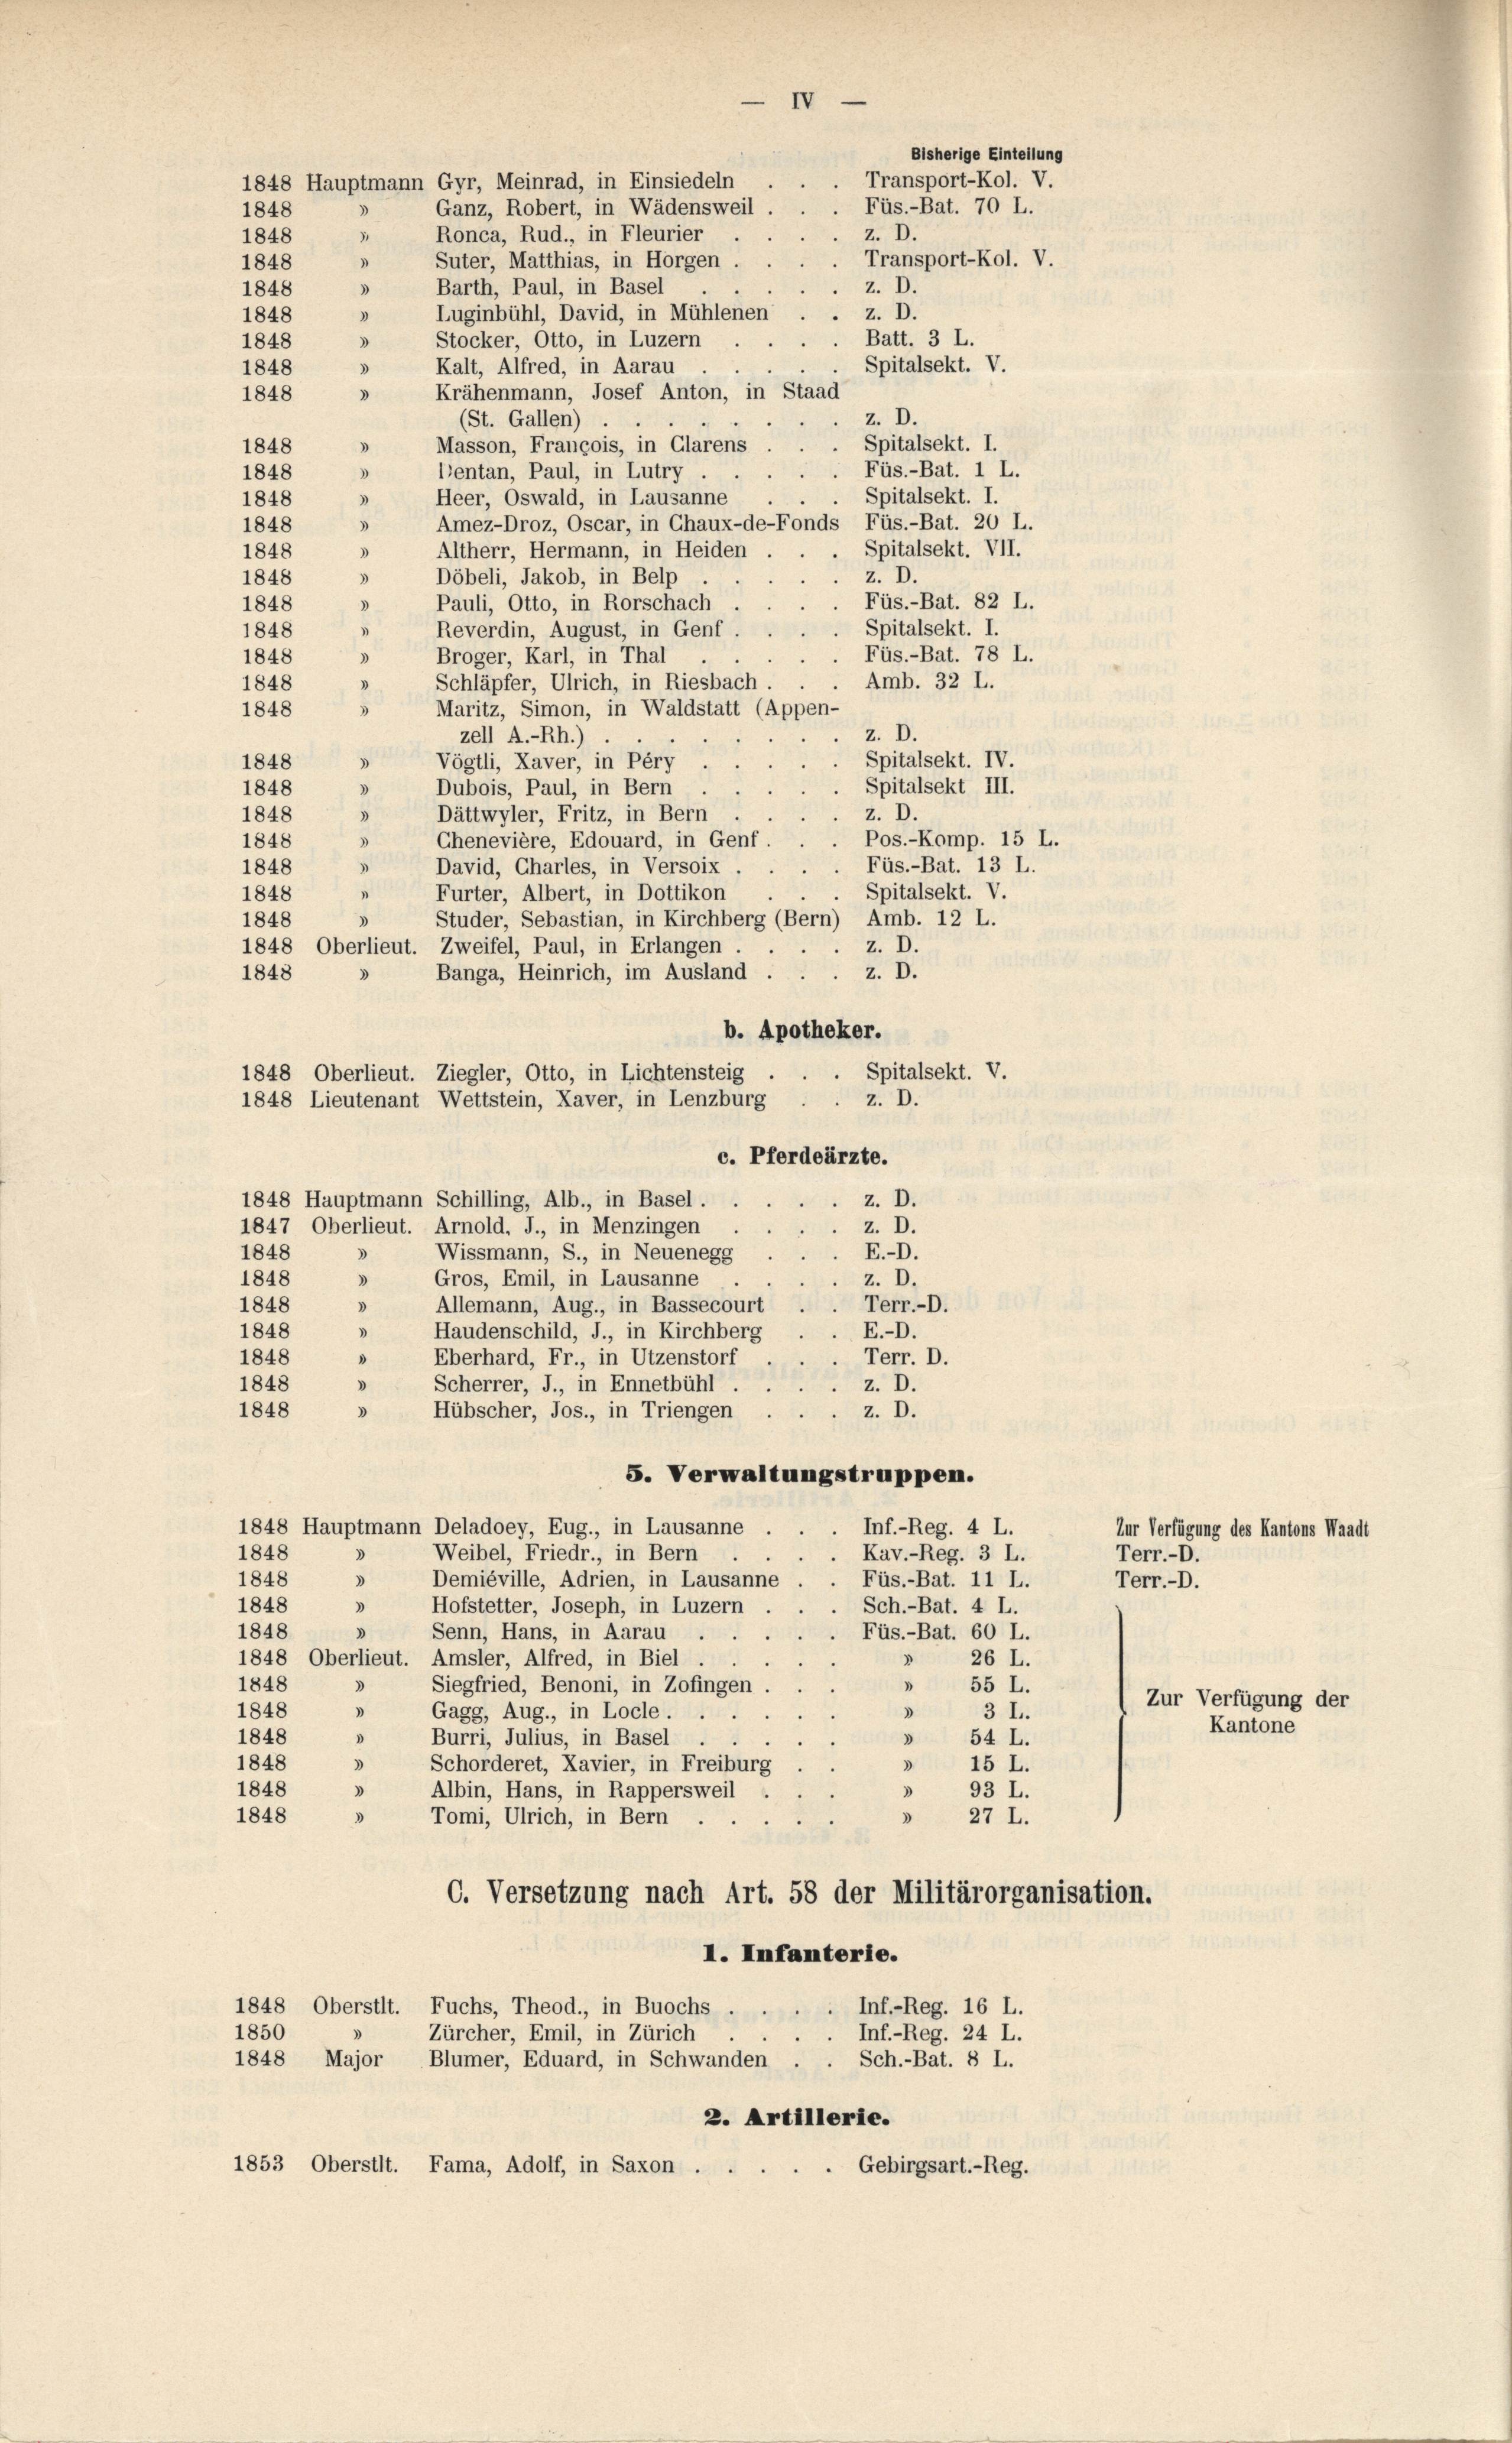
1848 Hauptmann Gyr, Meinrad, in Einsiedeln
Ganz, Robert, in Wädensweil.
Ronca, Rud., in Fleurier
.
Suter, Matthias, in Horgen
1848
Barth, Paul, in Basel .
z. D.
1848
3
z. D.
Luginbühl, David, in Mühlenen
"
1848
Stocker, Otto, in Luzern
Batt. 3 L.
1848
3
Spitalsekt. V.
Kalt, Alfred, in Aarau
1848
3
Krähenmann, Josef Anton, in Staad
1848
d
z. D.
(St. Gallen) ..
Spitalsekt. I.
Masson, Francois, in Glarus
1848
"
Dentan, Paul, in Lutry
Füs.-Bat. 1 L.
1848
3
Spitalsekt. I.
Heer, Oswald, in Lausanne
1848
)
Amez-Droz, Oscar, in Chaux-de-Fonds Füs.-Bat. 20 L.
1848
)
Spitalsekt. VII.
Altherr, Hermann, in Heiden
1848
)
Döbeli, Jakob, in Belp
1848
z. D.
3
Füs.-Bat. 82 L.
Pauli, Otto, in Rorschach
3
1848
Spitalsekt. I.
1848
Reverdin, August, in Genf
1
Füs.-Bat. 78 L.
Broger, Karl, in Thal
1848
)
Amb. 32 L.
Schläpfer, Ulrich, in Riesbach
1848
Maritz, Simon, in Waldstatt (Appen-
1848
z. D.
zell A.-Rh.).
e
Vögtli, Xaver, in Péry
Spitalsekt. IV.
1848
)
3
Dubois, Paul, in Bern
1848
Spitalsekt III.
Dättwyler, Fritz, in Bern
z. D.
1848
)
Chenevière, Edouard, in Genf
1848
Pos.-Komp. 15 L.
)
Füs.-Bat. 13 L.
David, Charles, in Versoix
1848
)
Spitalsekt. V.
1
1848
Furter, Albert, in Dottikon
Studer, Sebastian, in Kirchberg (Bern) Amb. 12 L.
3
1848
1848 Oberlieut. Zweifel, Paul, in Erlangen
z. D.
z. D.
Banga, Heinrich, im Ausland .
1848
b. Apotheker.
Spitalsekt. V.
1848 Oberlieut. Ziegler, Otto, in Lichtensteig
z. D.
1848 Lieutenant Wettstein, Kaver, in Lenzburg
c. Pferdeärzte.
1848 Hauptmann Schilling, Alb., in Basel.
z. D.
1847 Oberlieut. Arnold, J., in Menzingen
z. D.
Wissmann, S., in Neuenegg
1848
E.D.
3
1848
Gros, Emil, in Lausanne
z. D.
3
1848
Terr.-D.
» Allemann, Aug., in Bassecourt
Haudenschild, J., in Kirchberg
1848
E.-D.
)
1848
Eberhard, Fr., in Utzenstorf
Terr. D.
3
1848
3
Scherrer, J., in Ennetbühl.
z. D.
1848
z. D.
Hübscher, Jos., in Triengen
3
S. Verwaltungstruppen.
1848 Hauptmann Deladoey, Eug., in Lausanne
Inf.-Reg. 4 L.
Weibel, Friedr., in Bern
1848
Kav.-Reg. 3 L.
d
1848
3
Demiéville, Adrien, in Lausanne
Füs.-Bat. 11 L.
1848
3
Hofstetter, Joseph, in Luzern
Sch.-Bat. 4 L.
1848
» Senn, Hans, in Aarau
Füs.-Bat. 60 L.
1848 Oberlieut. Amsler, Alfred, in Biel
26 L.
1
Siegfried, Benoni, in Zofingen
1848
 55 L.
3
1848
3
» Gagg, Aug., in Locle.
3 I.
Burri, Julius, in Basel
1848
3
» 54 L.
.
1848
» 15 L.
Schorderet, Kavier, in Freiburg
3
1848
Albin, Hans, in Rappersweil
3
93 L.
1848
» 27 L.
Tomi, Ulrich, in Bern
d
C. Versetzung nach Art. 58 der Militärorganisation.
I. Infanterie.
1848 Oberstit. Fuchs, Theod., in Buochs . . . . Inf.-Reg. 16 L.
1850
Zürcher, Emil, in Zürich
Inf.-Reg. 24 L.
1848 Major Blümer, Eduard, in Schwanden . . Sch.-Bat. 8 L.
2. Artillerie.
1853 Oberstit. Fama, Adolf, in Saxon .
 Gebirgsart.-Reg.

1848
1848

Bisherige Einteilung
Transport-Kol. V.
Füs.-Bat. 70 L.
z. D.
Transport-Kol. V

IV

Zur Verfügung des Kantons Waadt
Terr.-D.
Terr.-D.

Zur Verfügung der
Kantone